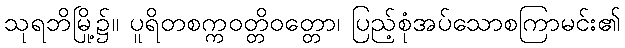
သုရဘိမြို့၌။ ပူရိတစက္ကဝတ္တိဝတ္တော၊ ပြည့်စုံအပ်သောစကြာမင်း၏